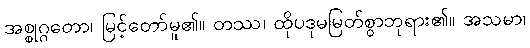
အစ္စုဂ္ဂတော၊ မြင့်တော်မူ၏။ တဿ၊ ထိုပဒုမမြတ်စွာဘုရား၏။ အသမာ၊